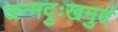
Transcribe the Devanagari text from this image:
जन्मदुःखनुदं